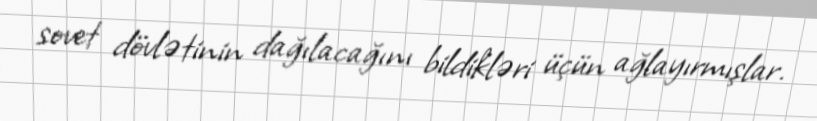
sovet dövlətinin dağılacağını bildikləri üçün ağlayırmışlar.